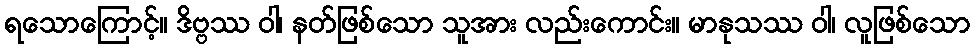
ရသောကြောင့်။ ဒိဗ္ဗဿ ဝါ၊ နတ်ဖြစ်သော သူအား လည်းကောင်း။ မာနုသဿ ဝါ၊ လူဖြစ်သော